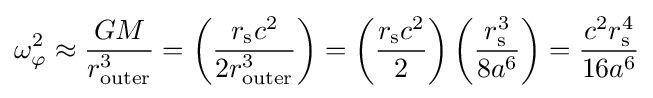
\omega _{\varphi }^{2}\approx {\frac {GM}{r_{\mathrm {outer} }^{3}}}=\left({\frac {r_{\text{s}}c^{2}}{2r_{\mathrm {outer} }^{3}}}\right)=\left({\frac {r_{\text{s}}c^{2}}{2}}\right)\left({\frac {r_{\text{s}}^{3}}{8a^{6}}}\right)={\frac {c^{2}r_{\text{s}}^{4}}{16a^{6}}}